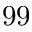
9 9